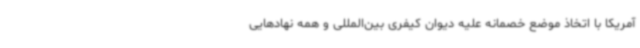
آمریکا با اتخاذ موضع خصمانه علیه دیوان کیفری بین‌المللی و همه نهادهایی